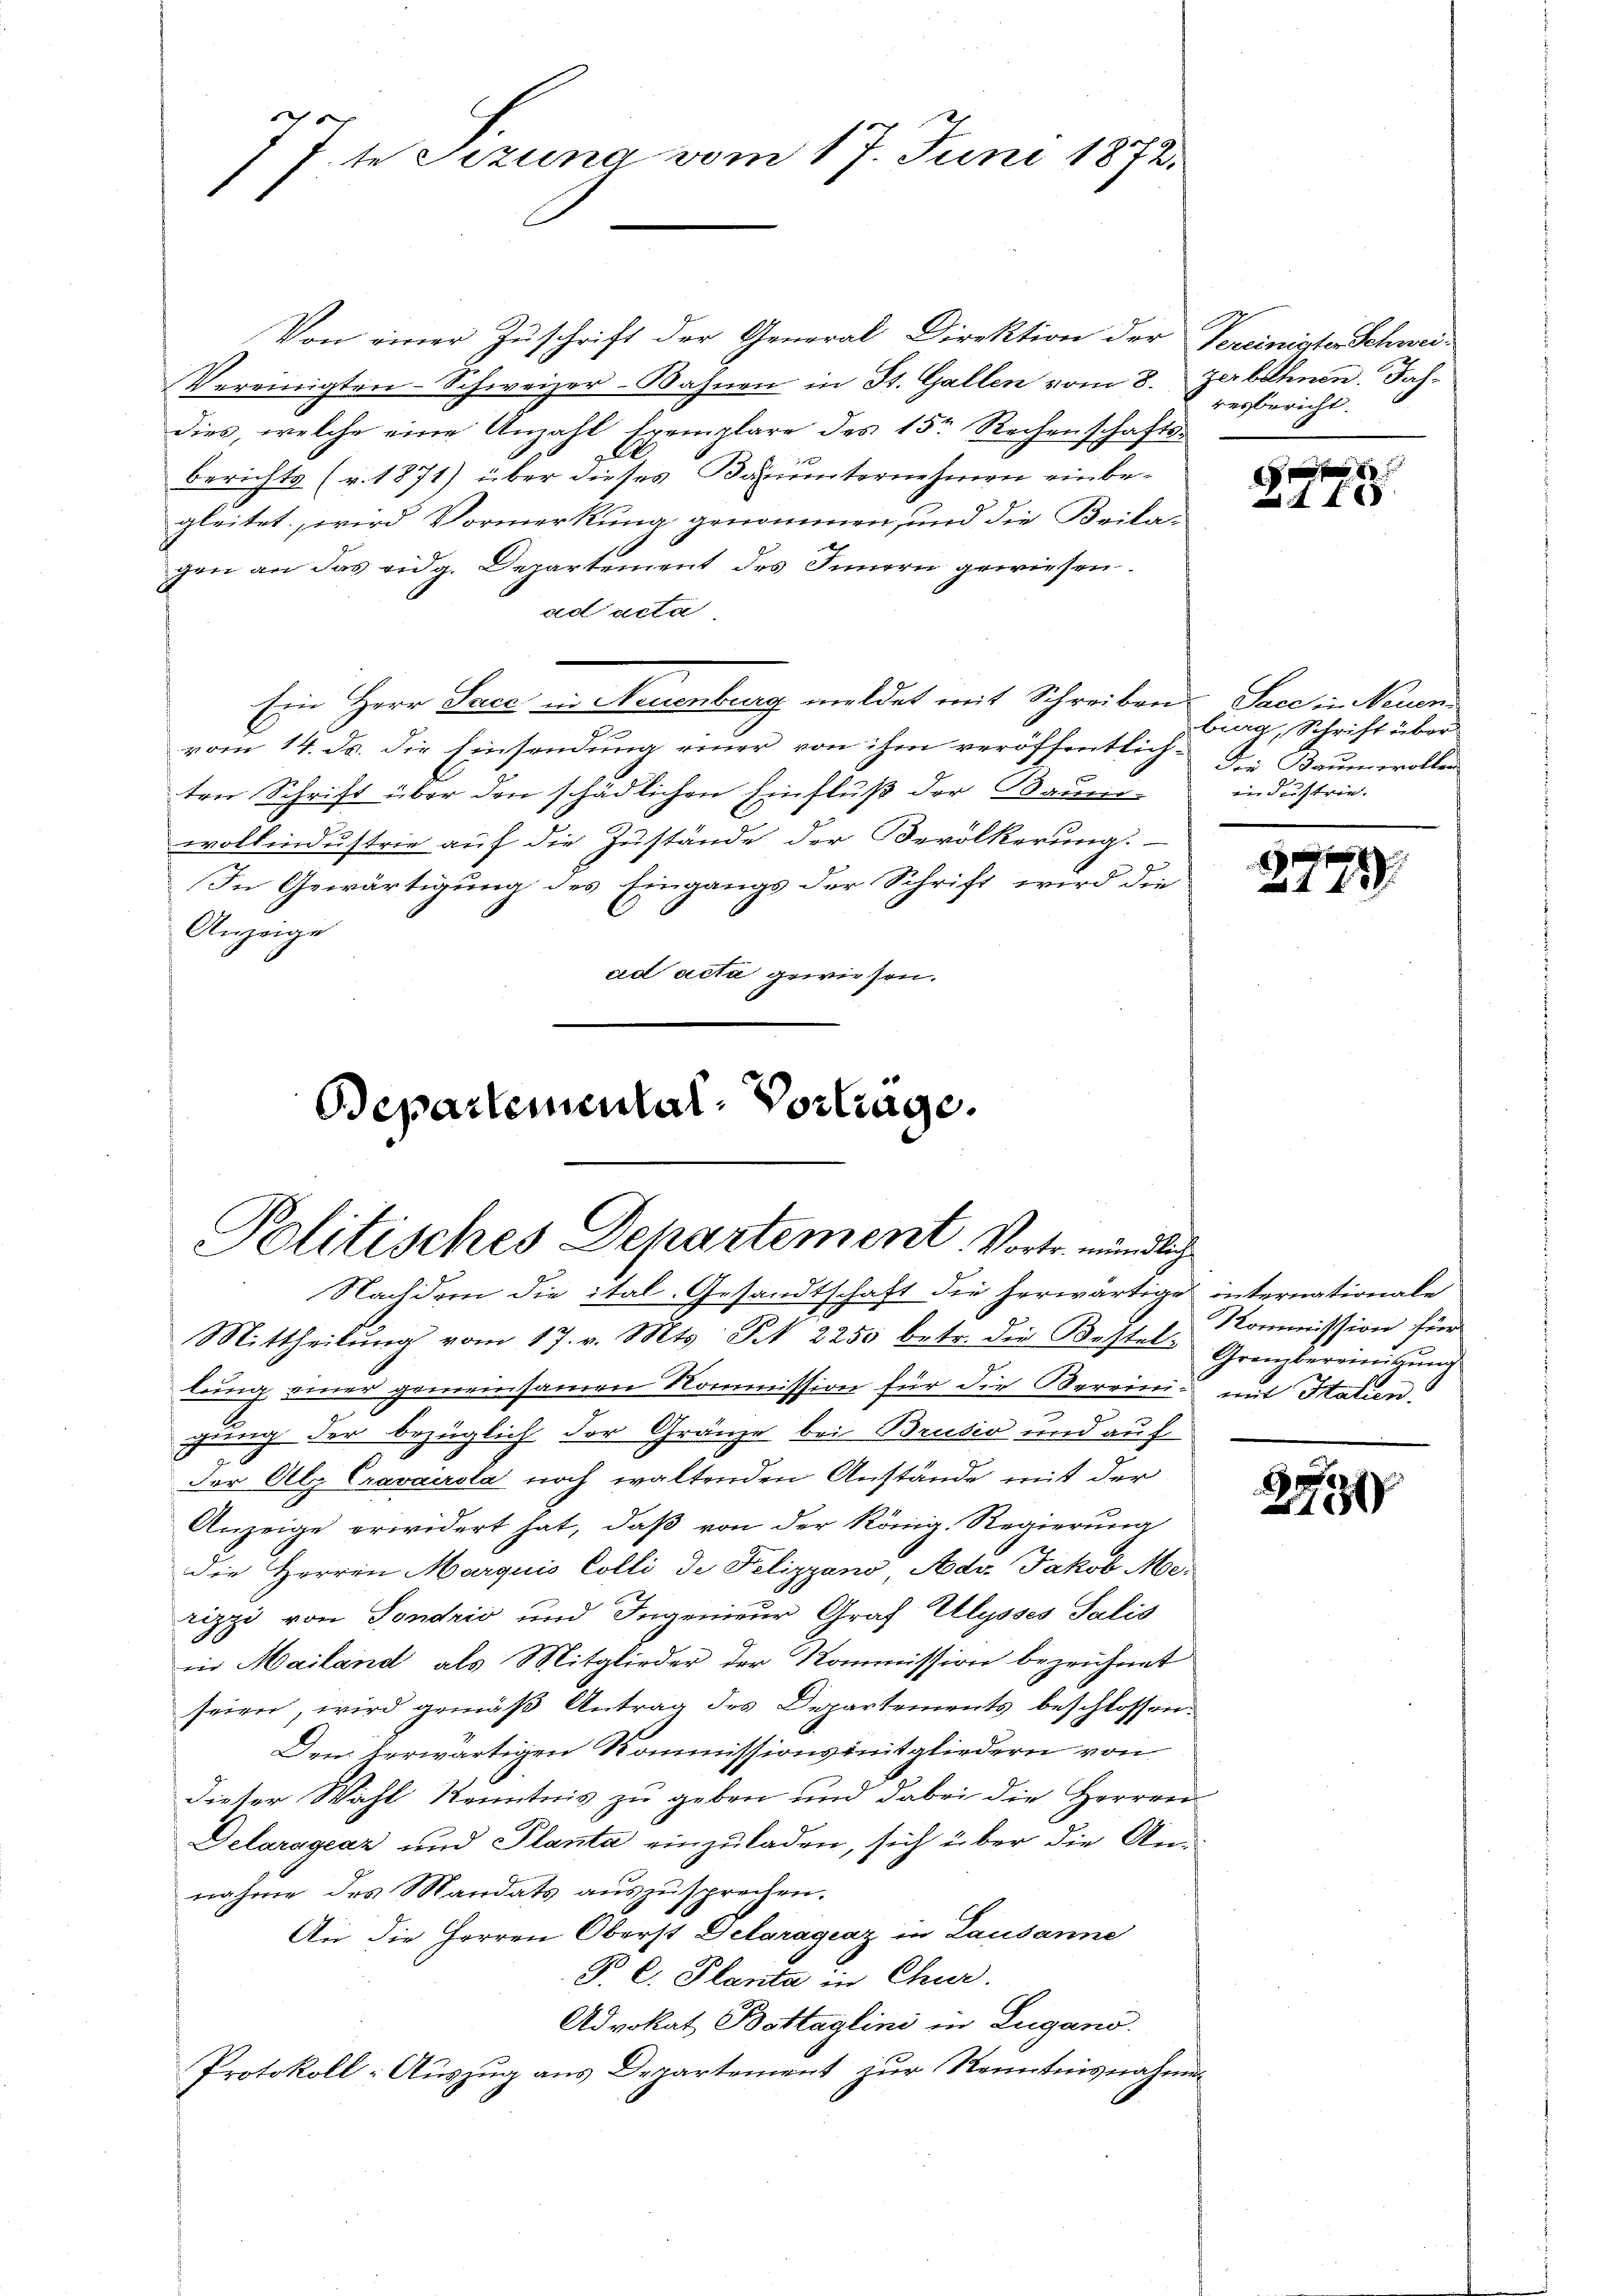
7te Sizung vom 17. Juni 1873.

Von einer Zuschrift der General Direktion der Vereinigte Schwei-
Vereinigten Schweizer-Bahnen in St. Gallen vom 8. zerbahnen. Jahdies, welche eine Anzahl Exemplare des 15ten Rechenschafts¬
J
Berichts (v. 1871) über dieses Bauunternehmen einbegleitet, wird Vormerkung genommen, und die Beila-
gen an das eidg. Departement des Innern gewiesen.
ad acta
Ein Herr Pace in Neuenburg meldet mit Schreiben Sace in Neuenvom 14. ds. die Einsendung einer von ihm veröffentlichten Schrift über den schädlichen Einfluß der Baum-
wollindustrie auf die Zustände der Bevölkerung.
In Gewärtigung des Eingangs der Schrift wird die
Anzeige
ad acta gewiesen.

Departemental-Vortrage.
Politisches Departement. Vortr. mündliche
Nachdem die ital- Gesandtschaft die herwärtige internationale

resbericht.

Mittheilung vom 17. v. Mts. Frk. 2250 betr. die Bestels Grenzbereinigung
lung einer gemeinsamen Kommission für die Bereini mit Hatien.
gung der bezüglich der Gränze bei Brusio und auf
d
der Alp Cravairsta noch waltenden Anstände mit der
Anzeige erwidert hat, daß von der König. Regierung
die Herren Marquis Colli de Felizzano, Adv. Jakob Merizzi von Sondzić und Ingenieur Graf Ulysses Salis
in Mailand als Mitglieder der Kommission bezeichnet
seien, wird gemäß Antrag des Departements beschlossen
Den herwärtigen Kommissionsmitgliedern von
Dieser Wahl Kenntnis zu geben und dabei die Herren
Delarágeaz und Planta einzuladen, sich über die Annahme des Mandats auszusprechen.
An die Herren Oberst Delaragraz in Lausanne
P. C. Planta in Chur.
Advokat Bottaglini in Lugano.
Protokoll: Auszug aus Departement zur Kenntnisnahmen

f
 68

bing, Schrift über
dDie Baumwollen
industrie.

29

2

Kommission für

e
e
1